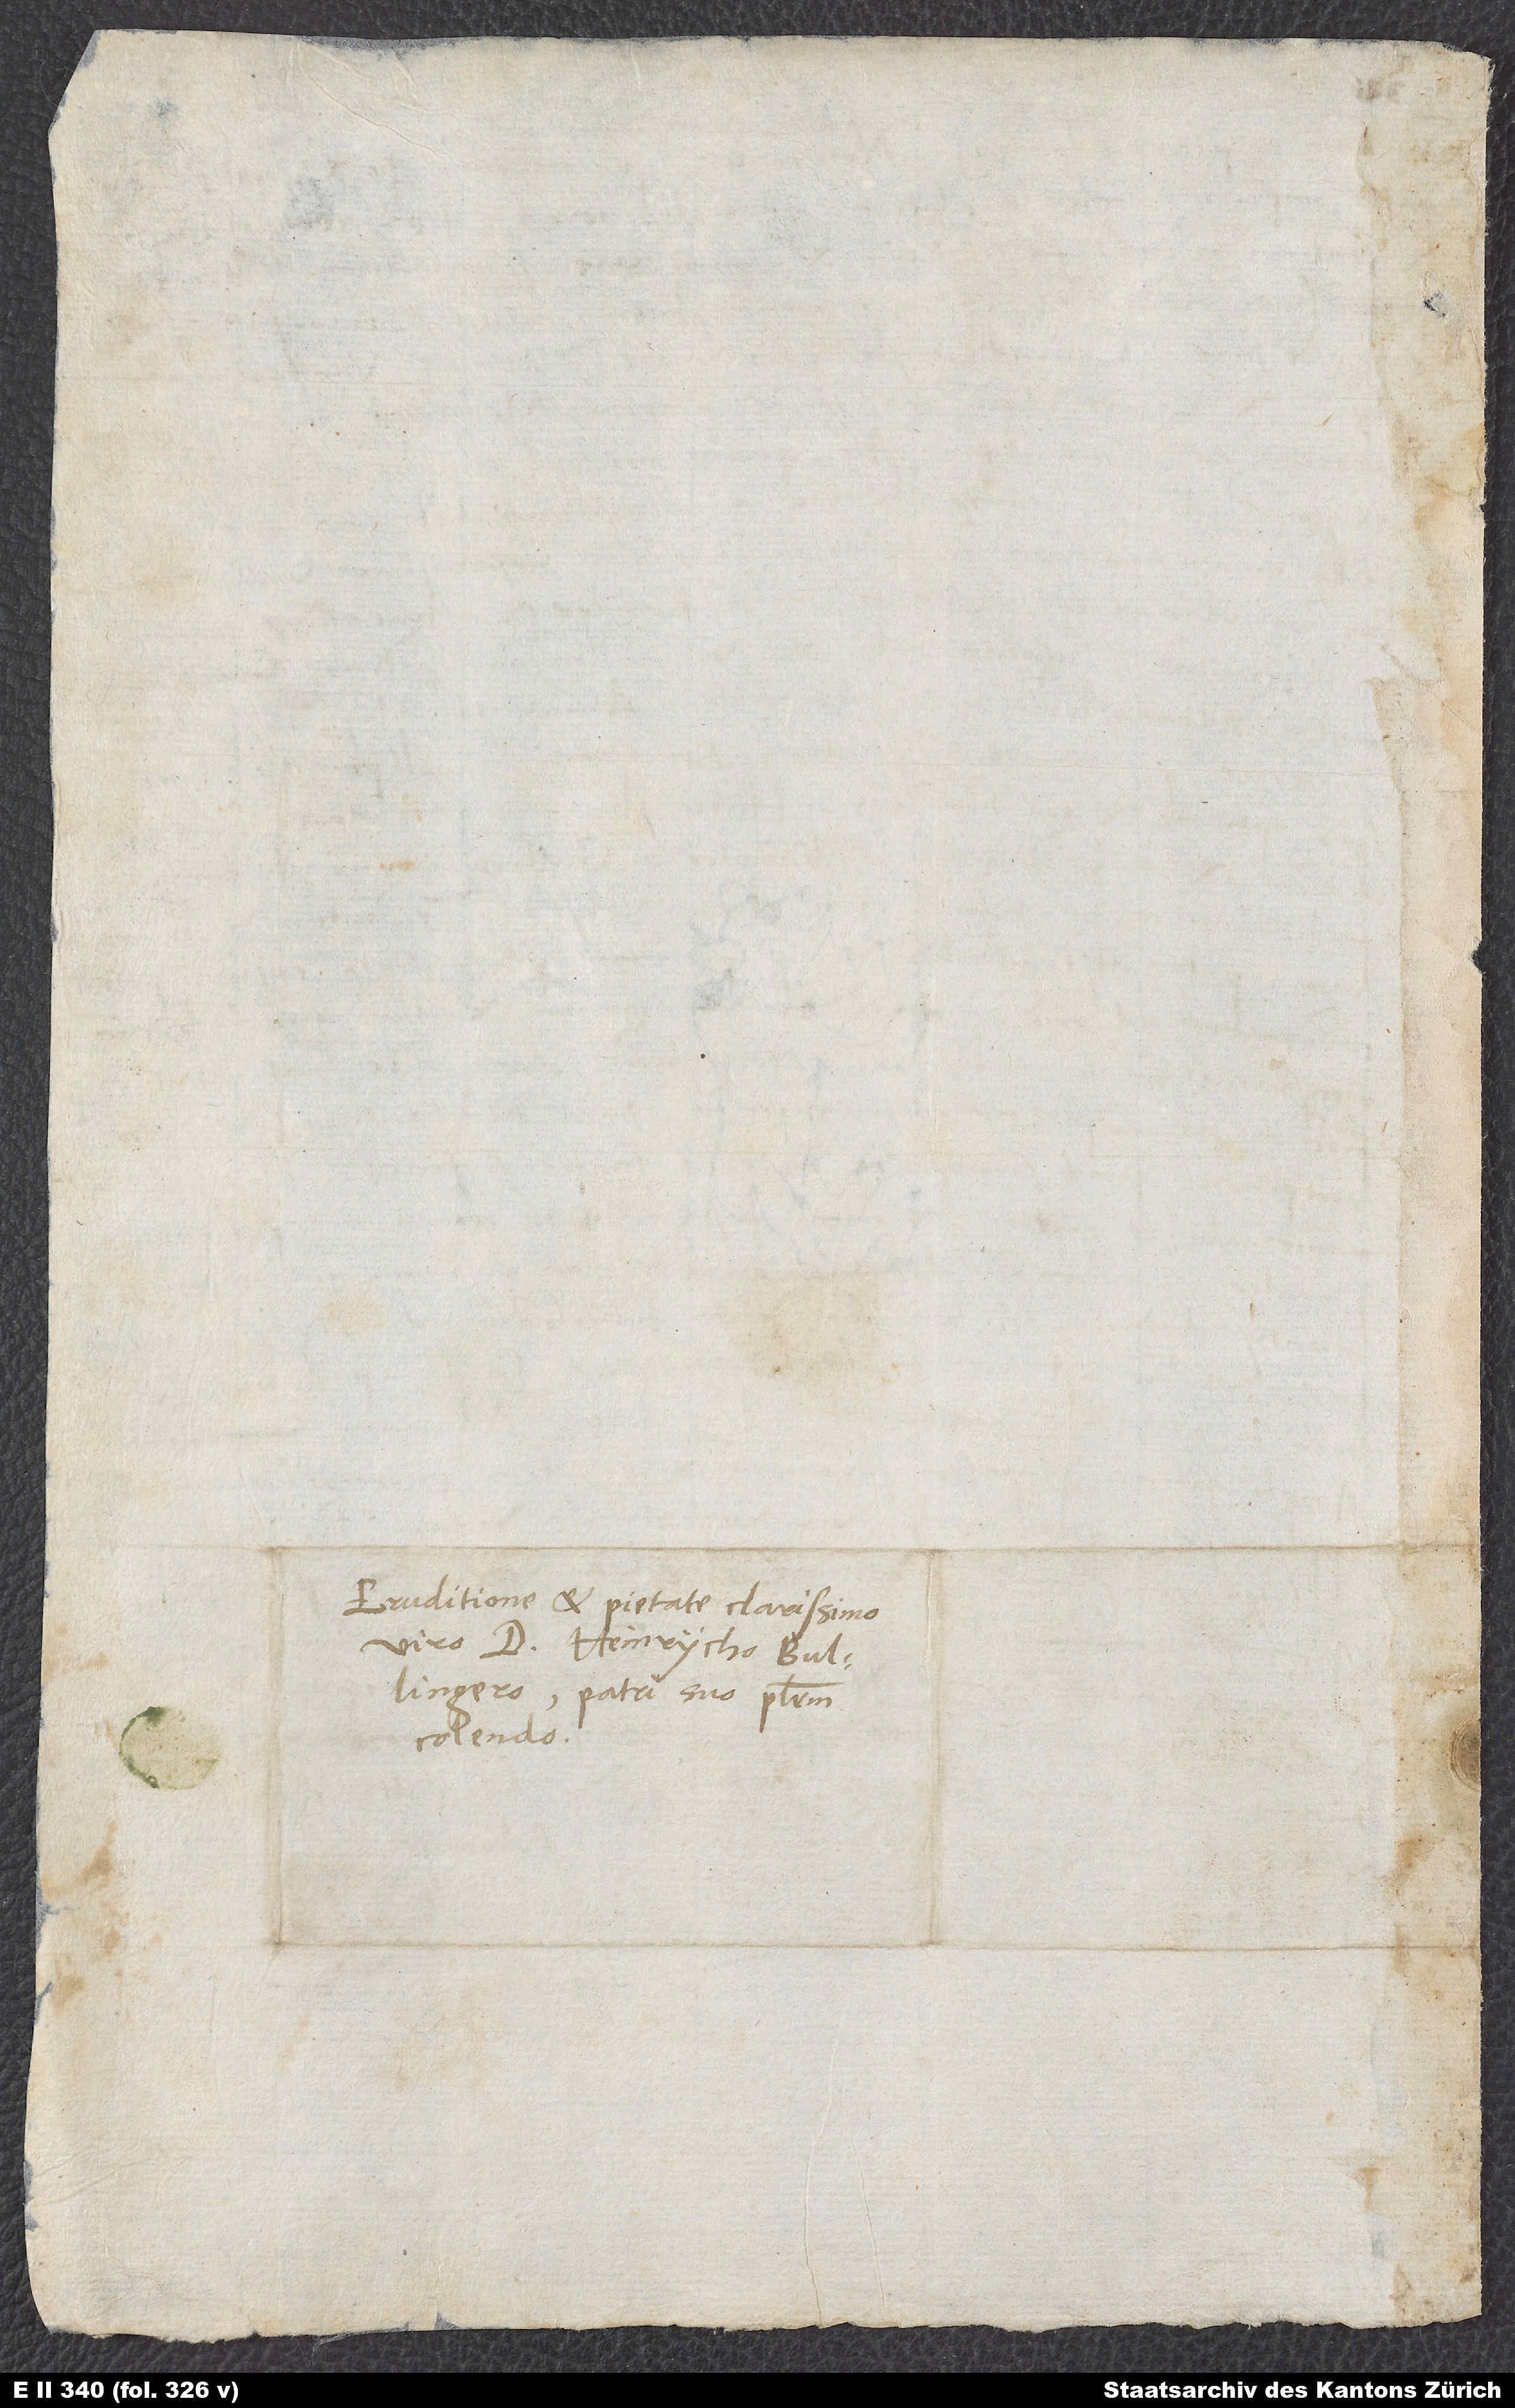
Eruditione et pietate clarissimo
viro d. Heinrycho Bullingero,
colendo.